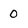
Character: O